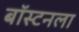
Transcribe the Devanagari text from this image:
बॉस्टनला